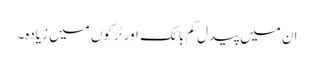
ان میں پیدل کم بائک اور ٹرکوں میں زیادہ۔